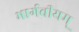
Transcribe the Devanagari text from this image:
भार्गवीयम्